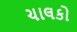
ચાલકો